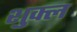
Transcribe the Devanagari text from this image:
शु्क्ल